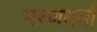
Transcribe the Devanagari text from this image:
मरणधर्मा